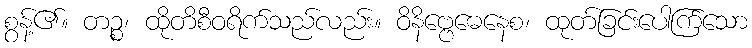
စွန့်၏။ တဉ္စ၊ ထိုတိစီဝရိက်သည်လည်း။ ဝိနိဗ္ဗေဓေနေစ၊ ထုတ်ခြင်းပေါက်ြသော